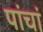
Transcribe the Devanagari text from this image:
पांचां